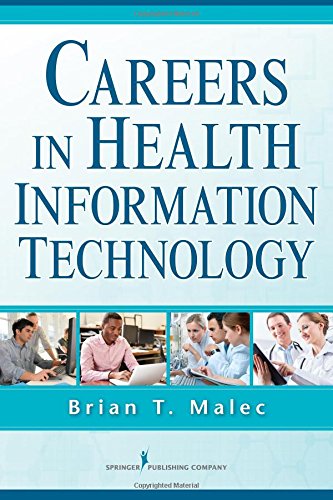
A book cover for Careers in Health Information Technology; Brian T. Malec PhD; Medical Books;